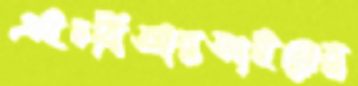
এইচবিআরআইয়ের